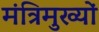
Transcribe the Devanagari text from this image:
मंत्रिमुख्यों